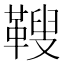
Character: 𩌅